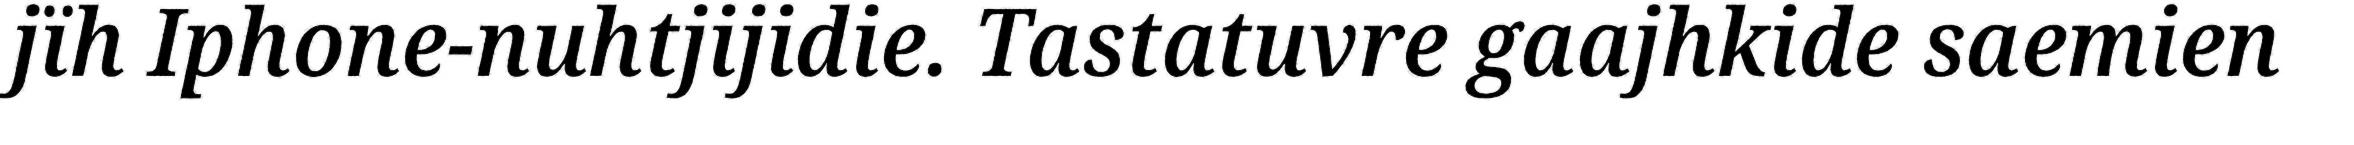
jïh Iphone-nuhtjijidie. Tastatuvre gaajhkide saemien